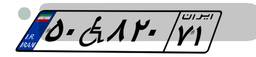
۵۶W۹۹۰۳۶